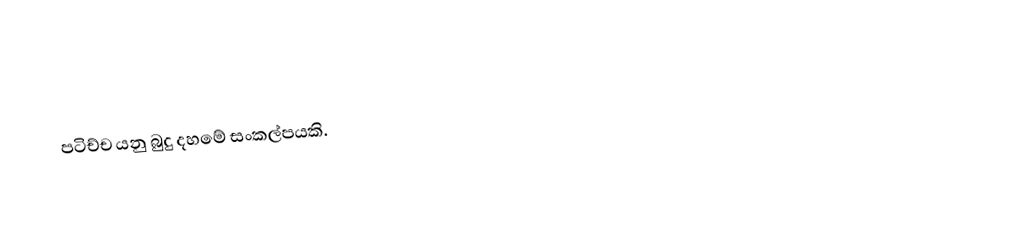
පටිච්ච යනු බුදු දහමේ සංකල්පයකි.